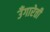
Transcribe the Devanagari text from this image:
उँगारेत्ती